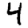
Digit: 4